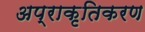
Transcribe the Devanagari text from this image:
अप्राकृतिकरण